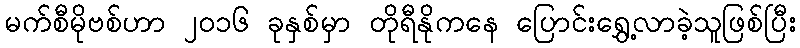
မက်စီမိုဗစ်ဟာ ၂၀၁၆ ခုနှစ်မှာ တိုရီနိုကနေ ပြောင်းရွှေ့လာခဲ့သူဖြစ်ပြီး